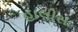
હાલીસા